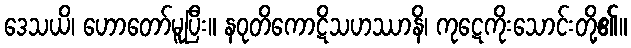
ဒေသယိ၊ ဟောတော်မူပြီး။ နဝုတိကောဋိသဟဿာနိ၊ ကုဋေကိုးသောင်းတို့၏။